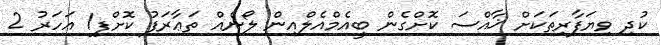
ކުދި ވިޔަފާރިތަކަށް ޚާއްސަ ކޮށްގެން ބީއެމްއެލްއިން ލޯނެއް ތަޢާރަފު ކޮށްފި1 އަހަރު 2